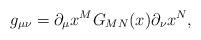
LaTeX: \begin{align*}g_{\mu\nu} = \partial_\mu x^M G_{MN}(x)\partial_\nu x^N ,\end{align*}